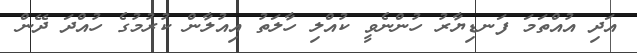
އަދި އުއްތަމަ ފަނޑިޔާރު ހުންނެވީ ކުއްލި ހާލަތު އިއުލާން ކުރުމުގެ ހުއްދަ ދޭން